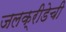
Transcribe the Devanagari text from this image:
जलक्रीडेची